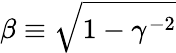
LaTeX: \beta\equiv\sqrt{1-\gamma^{-2}}